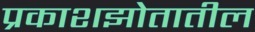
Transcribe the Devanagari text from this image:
प्रकाशझोतातील